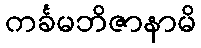
ကင်္ခမဘိဇာနာမိ